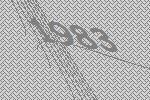
1983